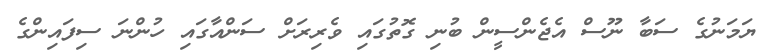
ޔަމަނުގެ ސަބާ ނޫސް އެޖެންސީން ބުނި ގޮތުގައި ވެރިރަށް ސަންއާގައި ހުންނަ ސިފައިންގެ